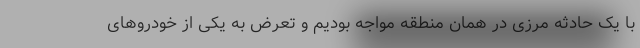
با یک حادثه‌ مرزی در همان منطقه مواجه بودیم و تعرض به یکی از خودروهای